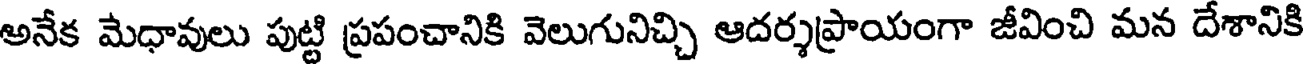
అనేక మేధావులు పుట్టి ప్రపంచానికి వెలుగునిచ్చి ఆదర్శప్రాయంగా జీవించి మన దేశానికి